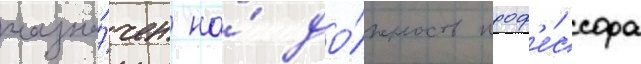
назна́чен на́ до́лжность проф'е́ссора